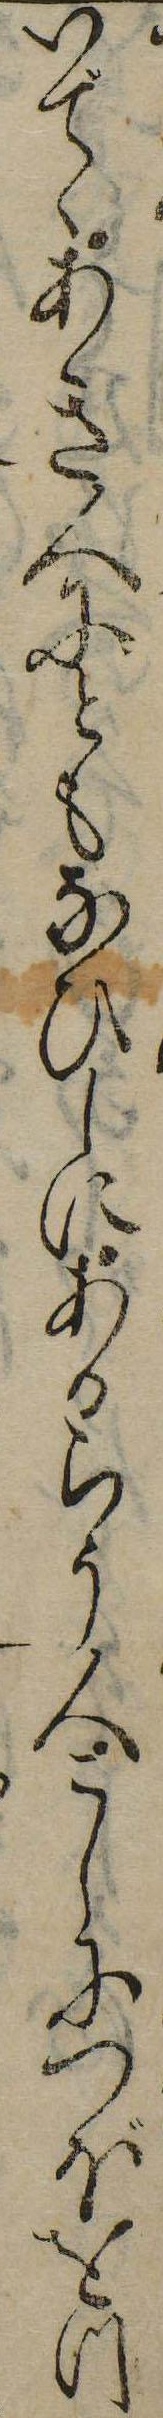
いでゝあき人にともなひしにあるらう人こしにつぼをつ